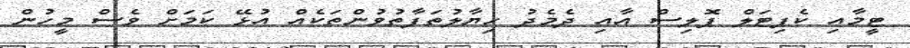
ޓީމާއި ކެޕިޓަލް ޕޮލިސް އާއި ދެމެދު ހިޔާލުތަފާތުވުންތަކެއް އުޅޭ ކަމަށް ވެސް މީހުން